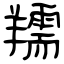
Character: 羺